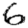
Digit: 6